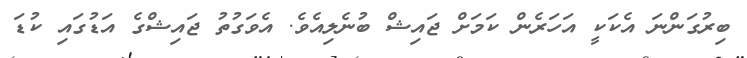
ބިރުގަންނަ އެކަކީ އަހަރެން ކަމަށް ޖައިޝް ބުނެލިއެވެ. އެވަގުތު ޖައިޝްގެ އަޑުގައި ކުޑަ